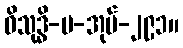
ဝိသုဒ္ဓိ-ပ-အုပ်-၂၉၁။